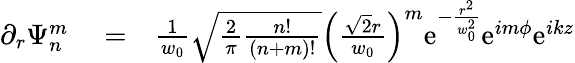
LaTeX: \begin{array}{rlr}{\partial_{r}\Psi_{n}^{m}}&{{}=}&{\frac{1}{w_{0}}\sqrt{\frac{2}{\pi}\frac{n!}{(n+m)!}}\left(\frac{\sqrt{2}r}{w_{0}}\right)^{m}\mathrm{e}^{-\frac{r^{2}}{w_{0}^{2}}}\mathrm{e}^{im\phi}\mathrm{e}^{ikz}}\end{array}